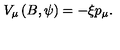
V _ { \mu } \left( B , \psi \right) = - \xi p _ { \mu } .